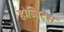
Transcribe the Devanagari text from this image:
होब्बिट्स